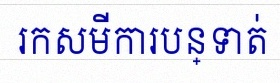
រកសមីការបន្ទាត់